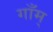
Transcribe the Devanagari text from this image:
गाँम्